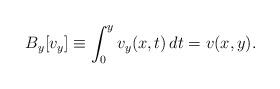
LaTeX: \begin{align*}B_y [v_y] \equiv \int_0^y v_y(x, t) \, dt = v(x,y).\end{align*}